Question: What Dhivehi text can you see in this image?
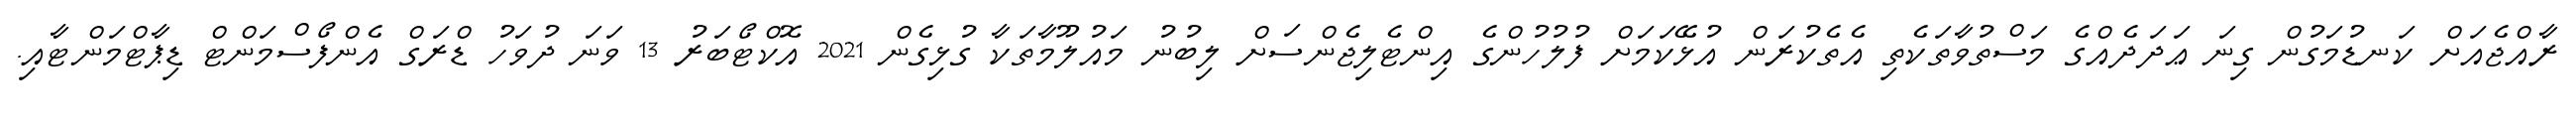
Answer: ރާއްޖެއަށް ކަނޑުމަގުން ގިނަ ޢަދަދެއްގެ މަސްތުވާތަކެތި އެތެކުރަން އުޅޭކަމަށް ފުލުހުންގެ އިންޓެލިޖެންސަށް ލިބުނު މައުލޫމާތަކާ ގުޅިގެން 2021 އޮކްޓޯބަރު 13 ވަނަ ދުވަހު ޑްރަގް އެންފޯސްމަންޓް ޑިޕާޓްމަންޓާއި.